Civil Veterinary Department. United Provinces 1912-22 - 1912-1922
Year: 1912
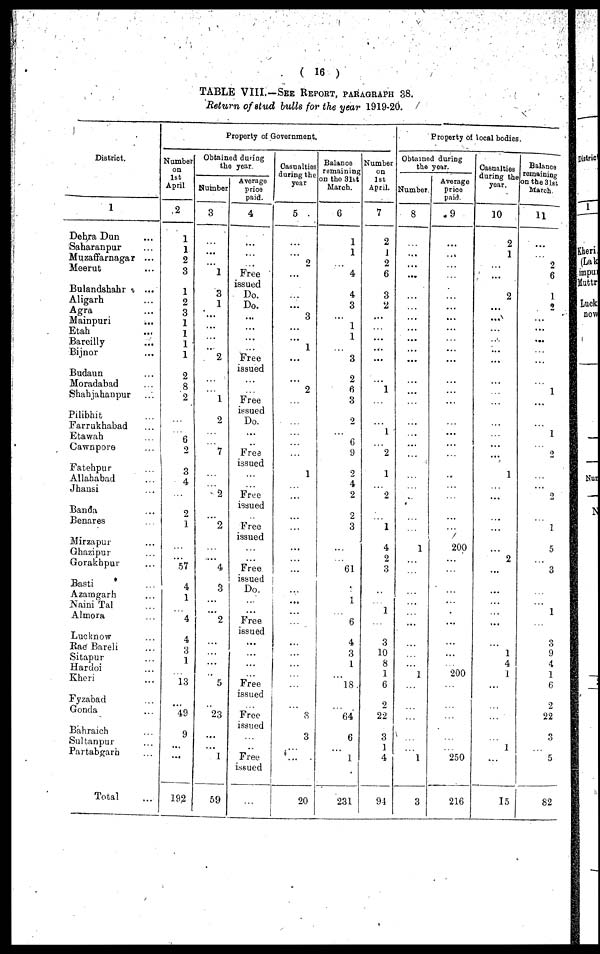
( 16 )
TABLE VIII.-SEE REPORT, PARAGRAPH 38.
Return of stud bulls for the year 1919-20.
District.
1
Dehra Dun ...
Saharanpur ...
Muzaffarnagar ...
Meerut ...
Bulandshahr
...
Aligarh ...
Agra ...
Mainpuri ...
Etah ...
Bareilly ...
Bijnor ...
Budaun ...
Moradabad
...
Shahjahanpur ...
Pilibhit ...
Farrukhabad ...
Etawah ...
Gawnpore ...
Fatehpur ...
Allahabad ...
Jhansi ...
Banda ...
Benares ...
Mirzapur ...
Ghazipur ...
Gorakhpur ...
Basti ...
Azamgarh ...
Naini Tal ...
Almora ...
Lucknow ...
Rae Bareli ...
Sitapur ...
Hardoi ...
Kheri ...
Fyzahad ...
Gonda ...
Bahraleh ...
Sultanpur ...
Partabgarh ...
Total ...
Property of Govomment.
Number
on
1st
April
2
1
1
2
3
1
2
3
1
1
1
1
2
8
2
...
...
6
2
3
4
...
2
1
...
...
57
4
l
...
4
4
3
1
13
...
49
9
...
...
192
Obtained during
the year
Number
3
...
...
...
1
3
1
...
...
...
...
2
...
...
1
2
...
...
7
...
...
2
...
2
...
...
4
3
...
...
2
...
...
...
...
5
...
23
...
...
1
59
Average
price
paid.
4
...
...
...
Free
issued
Do.
Do.
...
...
...
...
Free
issued
...
...
Free
issued
Do.
...
...
Free
issued
...
...
Free
issued
...
Free
issued
...
...
Free
issued
Do.
...
...
Free
issued
...
...
...
...
Free
issued
...
Free
issued
...
...
Free
issued
...
Casualties
during the
year
5
...
...
2
...
...
...
3
...
...
1
...
...
2
...
...
...
...
...
1
...
...
...
...
...
...
...
...
...
...
...
...
...
...
...
...
...
8
3
...
...
20
Balance
remaining
on the 3lst
March.
6
1
1
...
4
4
3
...
1
1
...
3
2
6
3
2
...
6
9
2
4
2
2
3
...
...
61
...
1
...
6
4
3
1
...
18
...
64
6
...
1
231
Number
on
1st
April.
7
2
1
2
6
3
2
...
...
...
...
...
...
1
...
...
1
...
2
1
...
2
...
1
4
2
3
...
...
1
3
10
8
1
6
2
22
3
1
4
94
Property of local bodies.
Obtained during
the year.
Number
8
...
...
...
...
...
...
...
...
...
...
...
...
...
...
...
...
...
...
...
...
...
...
...
1
...
...
...
...
...
...
...
...
...
1
...
...
...
...
1
3
Average
price
paid
9
...
...
...
...
...
...
...
...
...
...
...
...
...
...
...
...
...
...
...
...
...
...
...
200
...
...
...
...
...
...
...
...
200
...
...
...
250
216
Casualties
during the
year.
10
2
1
...
...
2
...
...
...
...
...
...
...
...
...
...
...
...
...
1
...
...
...
...
...
2
...
...
...
...
...
...
1
4
1
...
...
...
1
...
15
Balances
remaining
on the 31st
March
11
...
...
2
6
1
2
...
...
...
...
...
...
1
...
...
1
...
2
...
...
2
...
3
5
...
...
...
...
1
3
9
4
1
6
2
22
3
...
5
82